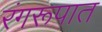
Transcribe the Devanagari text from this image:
रंगरूपात